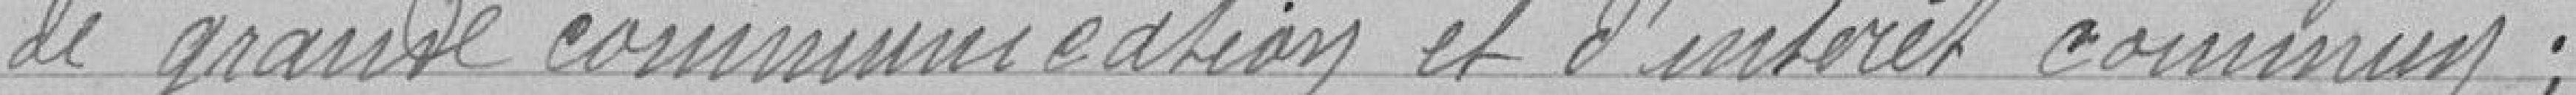
de grande communication et l'intérêt commun ;